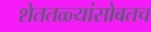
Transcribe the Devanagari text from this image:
शेततळ्यांसोबतच